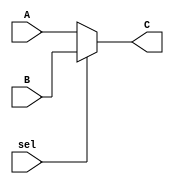
`timescale 1ns / 1ps
module MUX #(parameter n = 32)(input [n-1:0] A, B,input sel, output [n-1:0] C);


assign C = (sel == 1'b1) ? B : A;

endmodule


module MUX_bit #(parameter n = 1)(input [n-1:0] A, B,input sel, output [n-1:0] C);


assign C = (sel == 1'b1) ? B : A;

endmodule